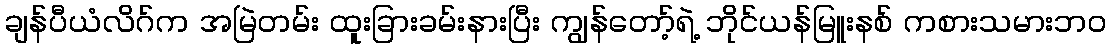
ချန်ပီယံလိဂ်က အမြဲတမ်း ထူးခြားခမ်းနားပြီး ကျွန်တော့်ရဲ့ ဘိုင်ယန်မြူးနစ် ကစားသမားဘဝ